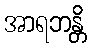
အာရဘန္တိ